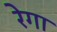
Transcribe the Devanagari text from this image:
रेगा